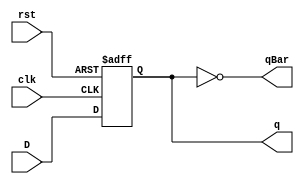
/*
Author:  Lab-provided code
Title: 	 D flip-flop
Summary: Behavioral model of a d flip-flop
*/

module DFlipFlop(q, qBar, D, clk, rst);
	input D, clk, rst; 	// DFF input, clock, reset
	output q, qBar;		// DFF output, DFF negated output
	reg q;
	not n1 (qBar, q);	// negate q
	
	// flip-flop storage logic
	always@ (negedge rst or posedge clk)
	begin
		if(!rst)
			q = 0;
		else
			q = D;
	end
endmodule